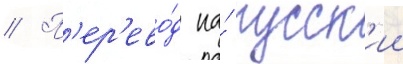
// П'ер'ево́д на́ русск'ии